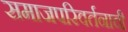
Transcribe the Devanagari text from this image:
समाजपरिवर्तनाची